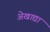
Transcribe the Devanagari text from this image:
अेखाद्या